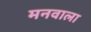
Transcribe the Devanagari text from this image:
मनवाला